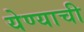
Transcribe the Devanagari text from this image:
येण्‍याची